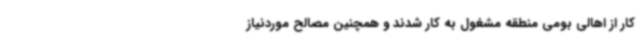
کار از اهالی بومی منطقه مشغول به کار شدند و همچنین مصالح موردنیاز